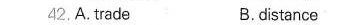
2.A,trade B dstance